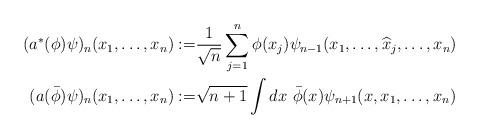
LaTeX: \begin{align*}(a^\ast(\phi)\psi)_n(x_1, \ldots, x_n) :=& \frac{1}{\sqrt{n}} \sum^n_{j=1} \phi(x_j) \psi_{n-1}(x_1, \ldots, \widehat x_j, \ldots, x_n) \\(a(\bar\phi)\psi)_n(x_1, \ldots, x_n):=& \sqrt{n+1} \int d x\ \bar\phi(x) \psi_{n+1}(x, x_1, \ldots, x_n) \end{align*}